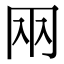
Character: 㒳